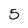
Character: 5